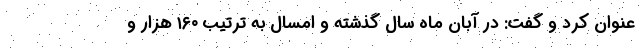
عنوان کرد و گفت: در آبان ماه سال گذشته و امسال به ترتیب ۱۶۰ هزار و